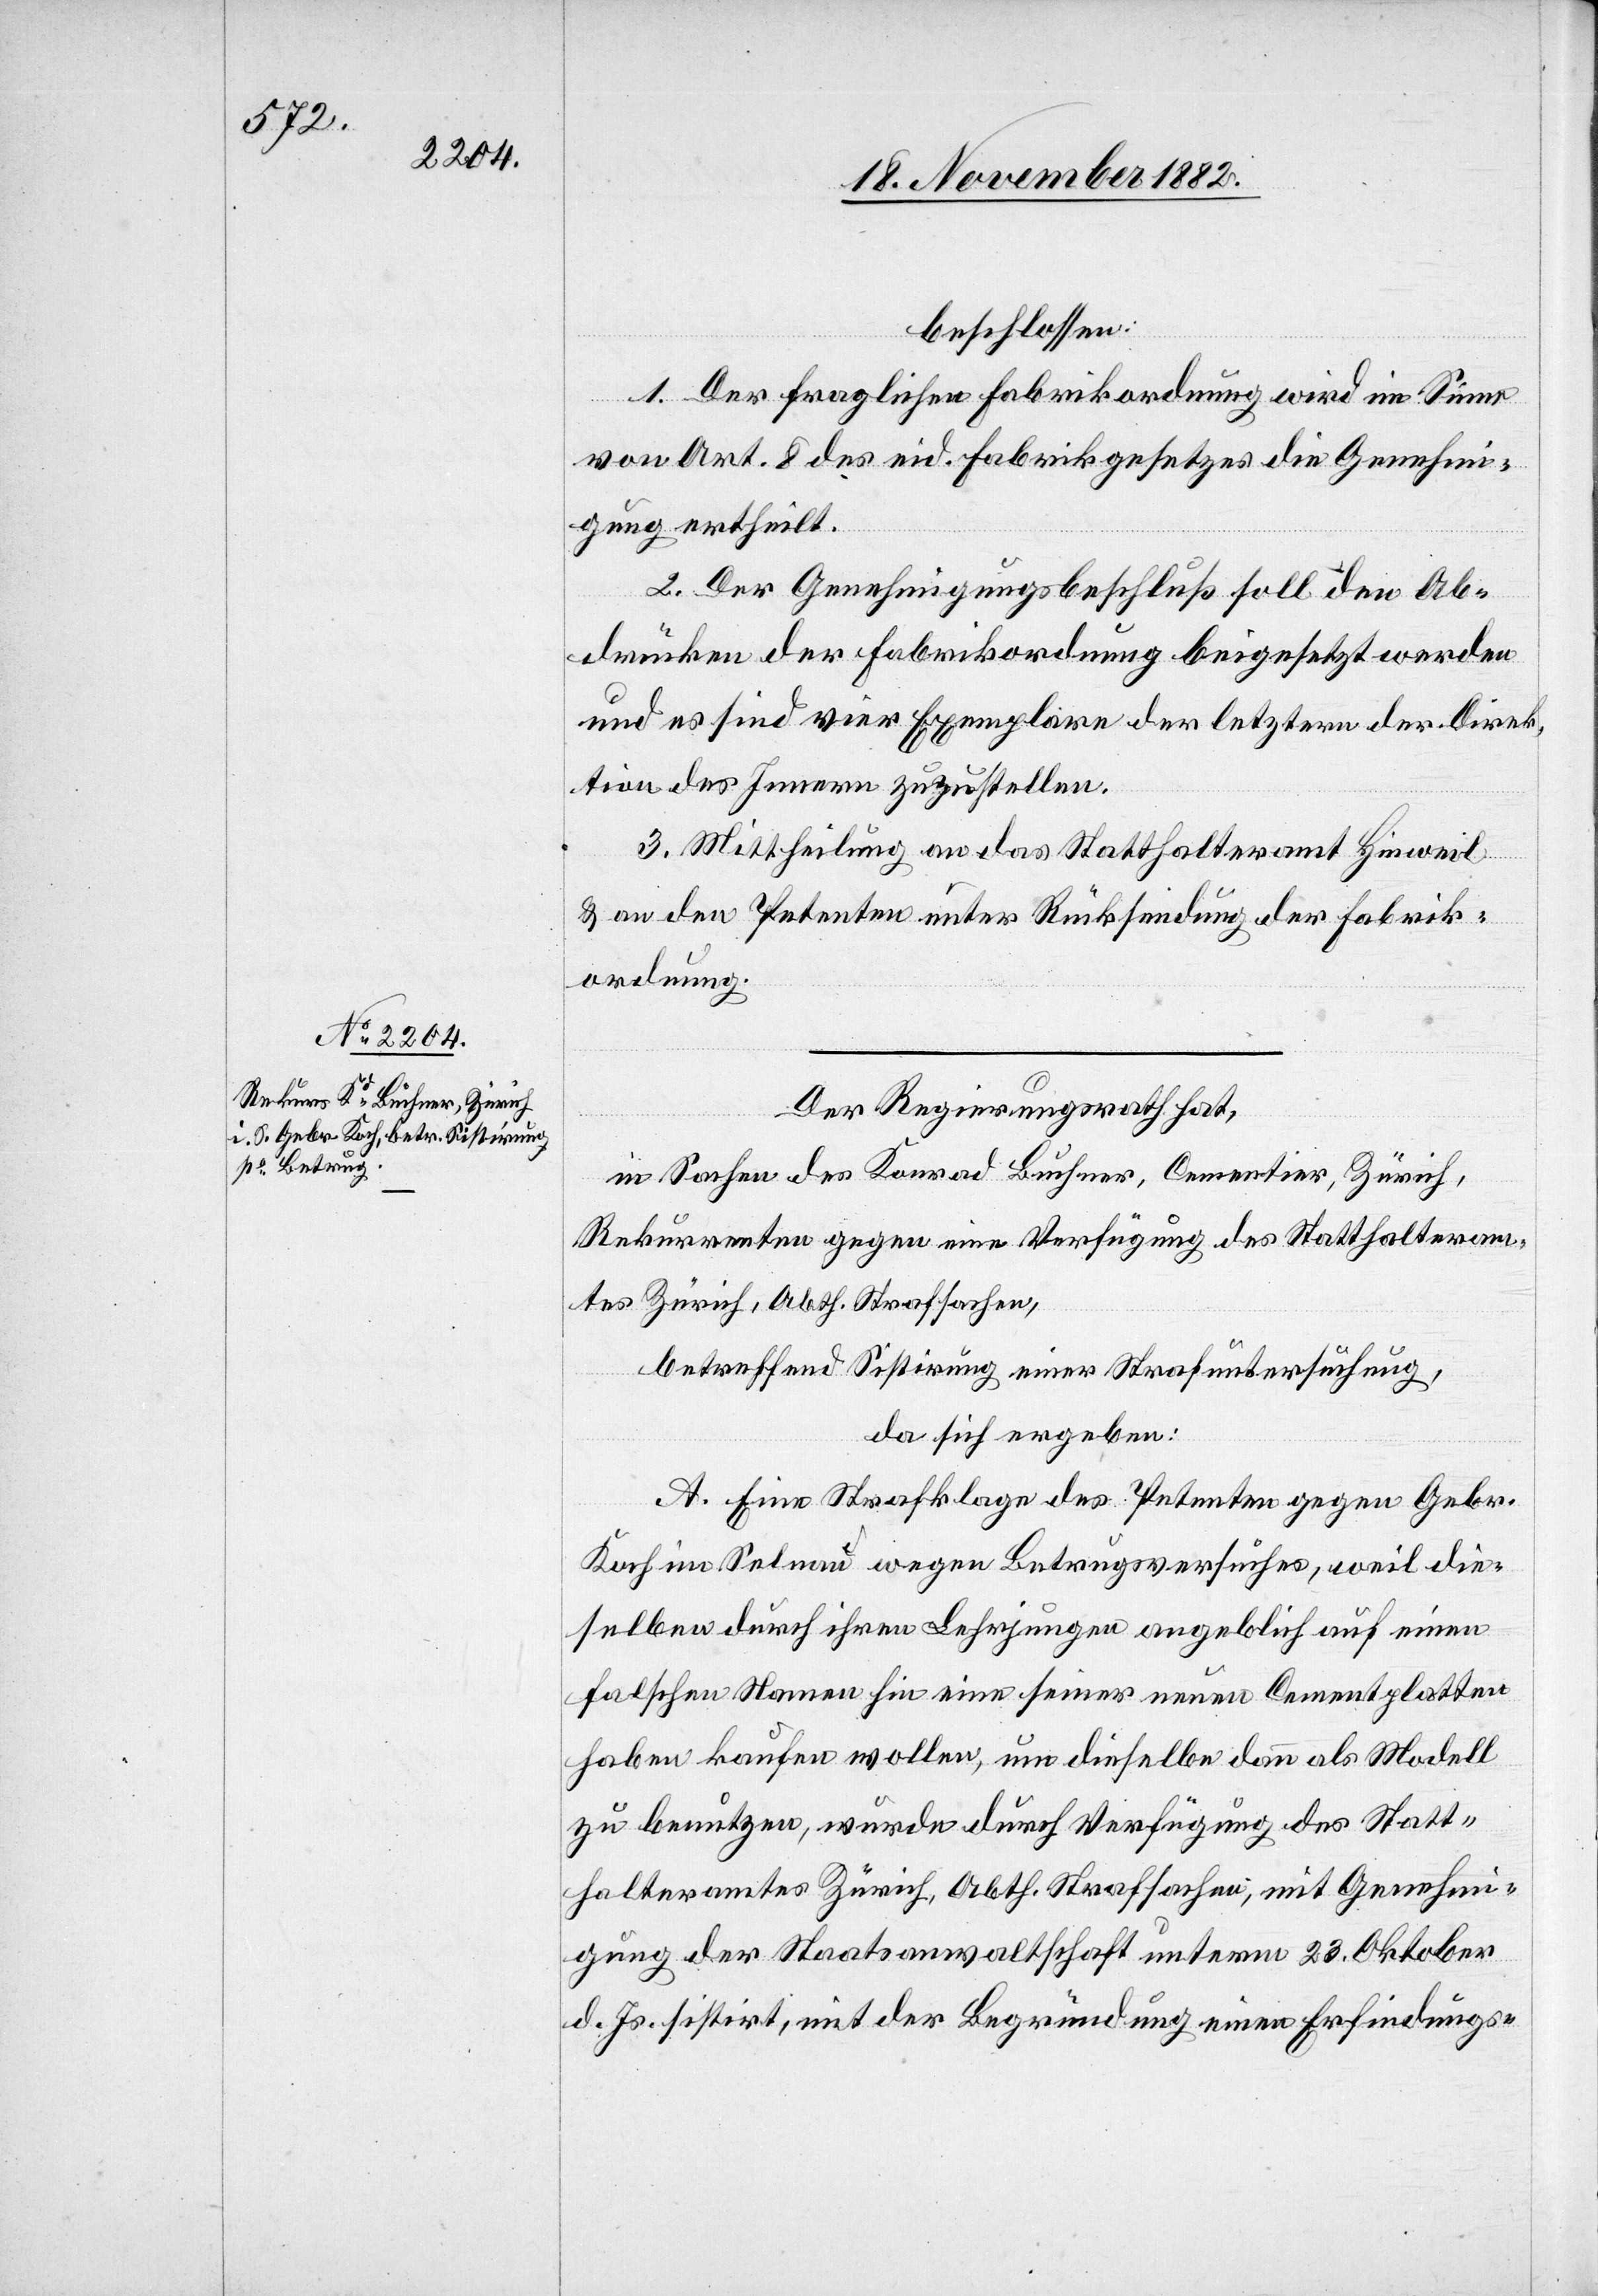
beschlossen:
1. Der fraglichen Fabrikordnung wird im Sinne
von Art. 8 des eid. Fabrikgesetzes die Genehmi¬
gung ertheilt.
2. Der Genehmigungsbeschluß soll den Ab¬
drücken der Fabrikordnung beigesetzt werden
und es sind vier Exemplare der letztern der Direk¬
tion des Innern zuzustellen.
3. Mittheilung an das Statthalteramt Hinweil
& an den Petenten unter Rücksendung der Fabrik¬
ordnung.
Der Regierungsrath hat,
in Sachen des Konrad Buchner, Cementier, Zürich,
Rekurrenten gegen eine Verfügung des Statthalteram¬
tes Zürich, Abth. Strafsachen,
betreffend Sistirung einer Strafuntersuchung,
da sich ergeben:
A. Eine Strafklage des Petenten gegen Gebr.
Koch im Selnau wegen Betrugsversuches, weil die¬
selben durch ihren Lehrjungen angeblich auf einen
falschen Namen hin eine seiner neuen Cementplatten
haben kaufen wollen, um dieselbe dann als Modell
zu benutzen, wurde durch Verfügung des Statt¬
halteramtes Zürich, Abth. Strafsachen, mit Genehmi¬
gung der Staatsanwaltschaft unterm 23. Oktober
d. Js. sistirt, mit der Begründung einen Erfindungs-